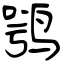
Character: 鹗